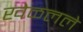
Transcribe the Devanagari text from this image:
खेळलले